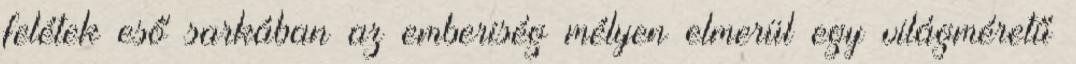
felétek eső sarkában az emberiség mélyen elmerül egy világméretű